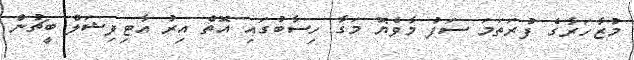
މުޒާހަރާގެ ފުރަތަމަ ސަފު މާވެޔޮ މަގާ ހިސާބުގައި އޮތް އިރު އާޓިފިޝަލް ބީޗުން